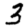
Digit: 3